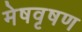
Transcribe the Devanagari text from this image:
मेषवृषण